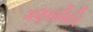
ગણસમિતિ